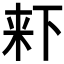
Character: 𣑎